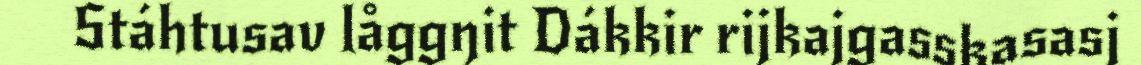
Stáhtusav låggŋit Dákkir rijkajgasskasasj